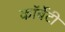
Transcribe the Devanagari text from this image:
कॉर्बेटी